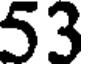
53